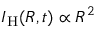
{ \cal I } _ { \mathrm { H } } ( R , t ) \propto R ^ { 2 }